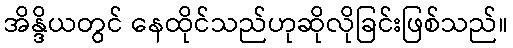
အိန္ဒိယတွင် နေထိုင်သည်ဟုဆိုလိုခြင်းဖြစ်သည်။